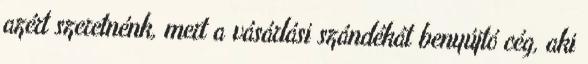
azért szeretnénk, mert a vásárlási szándékát benyújtó cég, aki